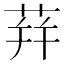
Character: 荓